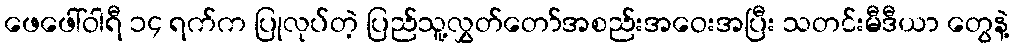
ဖေဖေါ်ဝါရီ ၁၄ ရက်က ပြုလုပ်တဲ့ ပြည်သူ့လွှတ်တော်အစည်းအဝေးအပြီး သတင်းမီဒီယာ တွေနဲ့